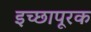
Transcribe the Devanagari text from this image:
इच्छापूरक